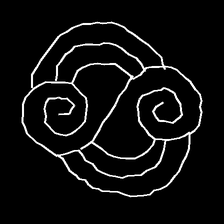
Glyph: wind-underfoot